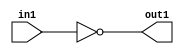
`timescale 1ps / 1ps
/*****************************************************************************
    Verilog RTL Description
    
    
    Created by: Stratus DpOpt 2019.1.01 
*******************************************************************************/

module fix2float_NotBit_32S_32S_1 (
	in1,
	out1
	); /* architecture "behavioural" */ 
input [31:0] in1;
output [31:0] out1;
wire [31:0] asc001;

assign asc001 = 
	((~in1));

assign out1 = asc001;
endmodule

/* CADENCE  urf4TwA= : u9/ySgnWtBlWxVPRXgAZ4Og= ** DO NOT EDIT THIS LINE ******/